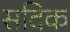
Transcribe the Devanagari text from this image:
सदिक